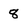
Character: 8